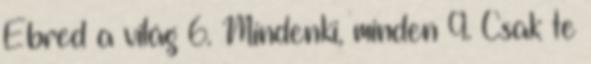
Ébred a világ 6. Mindenki, minden 9. Csak te